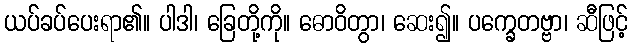
ယပ်ခပ်ပေးရာ၏။ ပါဒါ၊ ခြေတို့ကို။ ဓောဝိတွာ၊ ဆေး၍။ ပက္ခေတဗ္ဗာ၊ ဆီဖြင့်